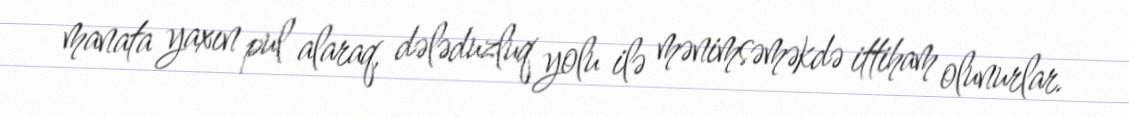
manata yaxın pul alaraq, dələduzluq yolu ilə mənimsəməkdə ittiham olunurlar.